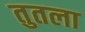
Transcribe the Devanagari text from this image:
तुतला